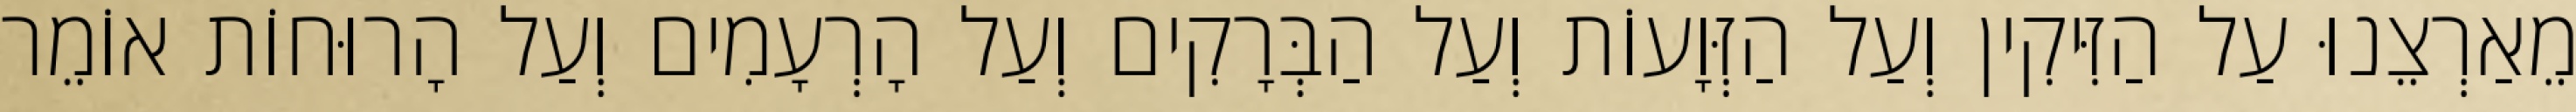
מֵאַרְצֵנוּ עַל הַזִּיקִין וְעַל הַזְּוָעוֹת וְעַל הַבְּרָקִים וְעַל הָרְעָמִים וְעַל הָרוּחוֹת אוֹמֵר